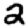
Digit: 2